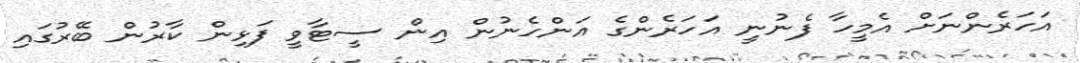
އަހަރެންނަށް އެމީހާ ފެނުނީ އަހަރެންގެ އަންހެނުން އިން ސީޓާވީ ފަޅިން ކާރުން ބޭރުގައި